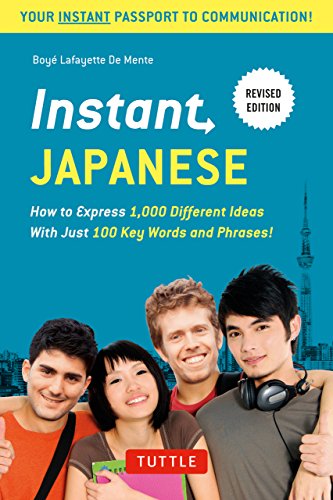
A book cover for Instant Japanese: How to Express 1,000 Different Ideas with Just 100 Key Words and Phrases! (Japanese Phrasebook) (Instant Phrasebook Series); Boye Lafayette De Mente; Reference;